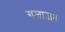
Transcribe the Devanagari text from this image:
गजाजन